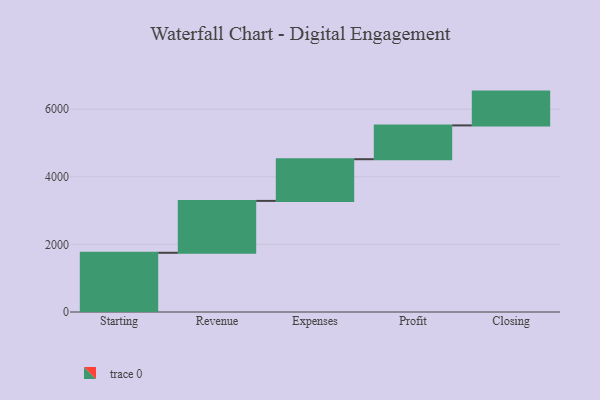
{"axis": {"x": "Step", "y": "Value"}, "legend": [""], "data": [{"x": "Starting", "y": 1752.0, "type": ""}, {"x": "Revenue", "y": 1535.0, "type": ""}, {"x": "Expenses", "y": 1233.0, "type": ""}, {"x": "Profit", "y": 1000, "type": ""}, {"x": "Closing", "y": 1000, "type": ""}]}